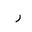
Letter: _ra